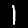
Label: 1